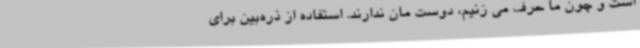
است و چون ما حرف می زنیم، دوست مان ندارند. استفاده از ذره‌بین برای